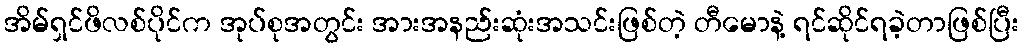
အိမ်ရှင်ဖိလစ်ပိုင်က အုပ်စုအတွင်း အားအနည်းဆုံးအသင်းဖြစ်တဲ့ တီမောနဲ့ ရင်ဆိုင်ရခဲ့တာဖြစ်ပြီး